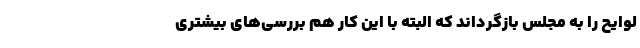
لوایح را به مجلس بازگرداند که البته با این کار هم بررسی‌های بیشتری